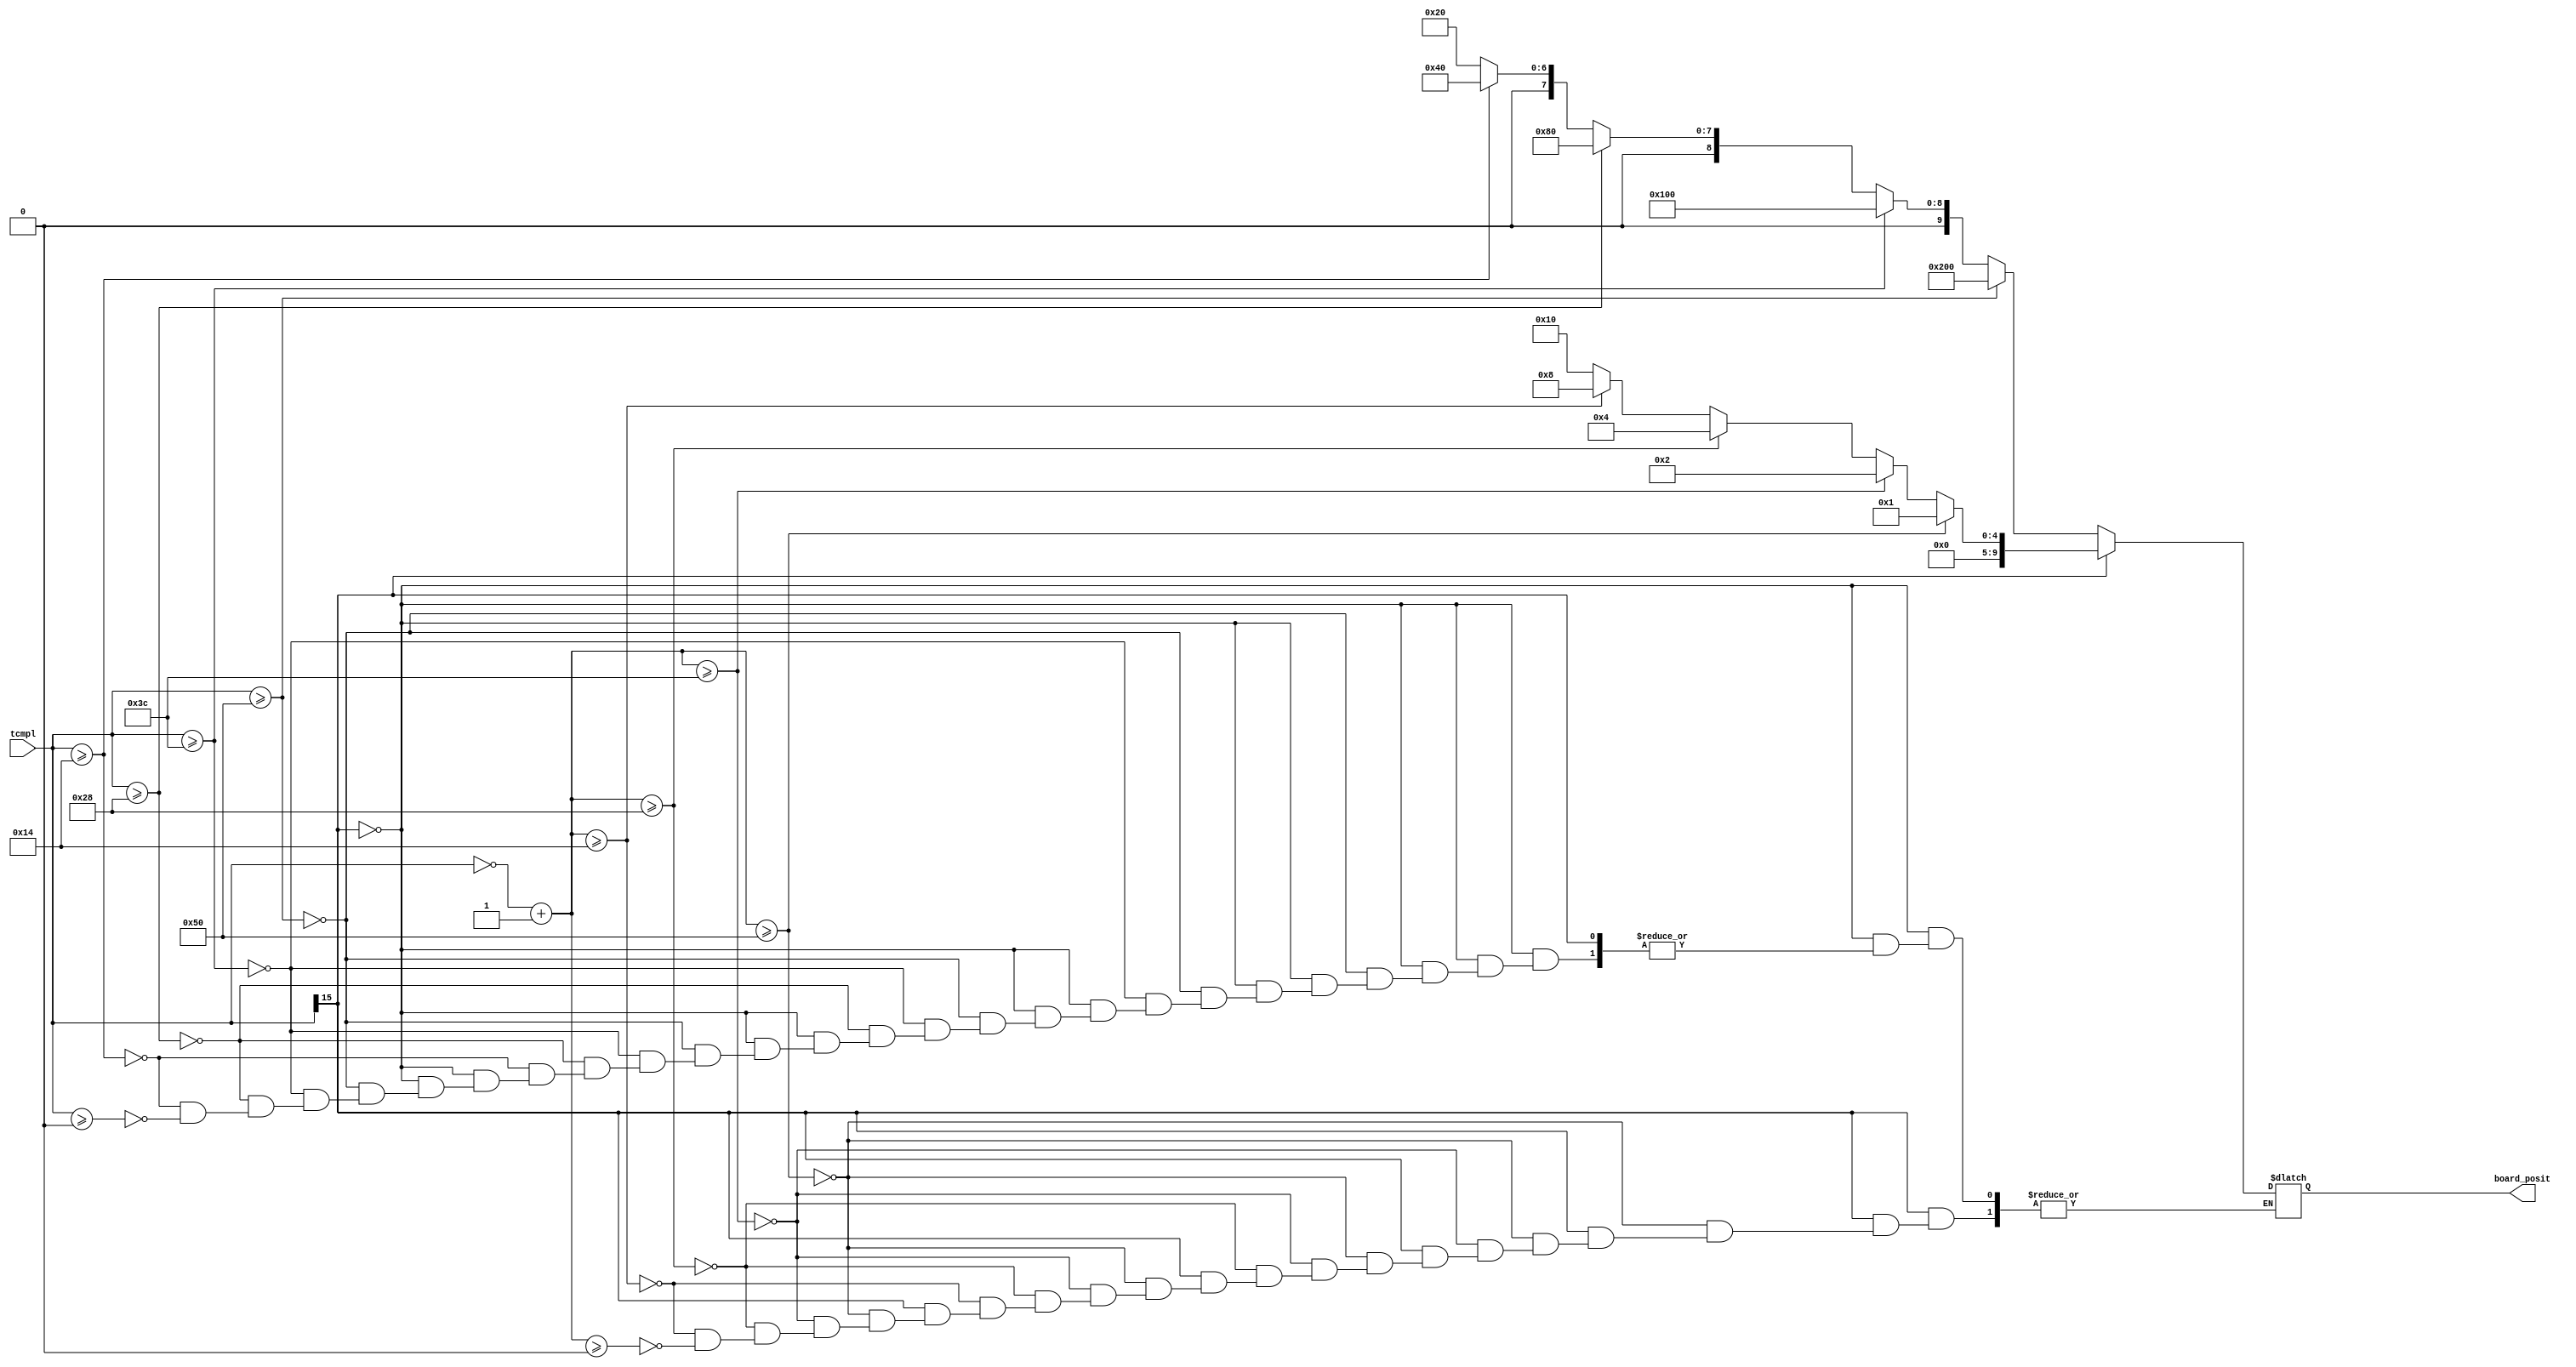
module remapper (
	input [15:0] tcmpl,
	output [9:0] board_posit
);

reg [15:0] unsgn;
reg [9:0] temp;

always @(*) begin
	if(tcmpl[15]==1'b1) begin
		unsgn = (~tcmpl+1'b1);
		if (unsgn >=16'b0000_0000_0101_0000) begin
			temp = 10'b00_0000_0001;
		end
		else if (unsgn >=16'b0000_0000_0011_1100) begin
			temp = 10'b00_0000_0010;
		end
		else if (unsgn >=16'b0000_0000_0010_1000) begin
			temp = 10'b00_0000_0100;
		end
		else if (unsgn >=16'b0000_0000_0001_0100) begin
			temp = 10'b00_0000_1000;
		end
		else if (unsgn >=16'b0000_0000_0000_0000) begin
			temp = 10'b00_0001_0000;
		end
	end
	else if(tcmpl[15]==1'b0) begin
		if (tcmpl >=16'b0000_0000_0101_0000) begin
			temp = 10'b10_0000_0000;
		end
		else if (tcmpl >=16'b0000_0000_0011_1100) begin
			temp = 10'b01_0000_0000;
		end
		else if (tcmpl >=16'b0000_0000_0010_1000) begin
			temp = 10'b00_1000_0000;
		end
		else if (tcmpl >=16'b0000_0000_0001_0100) begin
			temp = 10'b00_0100_0000;
		end
		else if (tcmpl >=16'b0000_0000_0000_0000) begin
			temp = 10'b00_0010_0000;
		end
	end
end

assign board_posit = temp;

endmodule